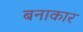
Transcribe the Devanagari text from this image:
बनाकार